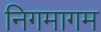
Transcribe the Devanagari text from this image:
निगमागम